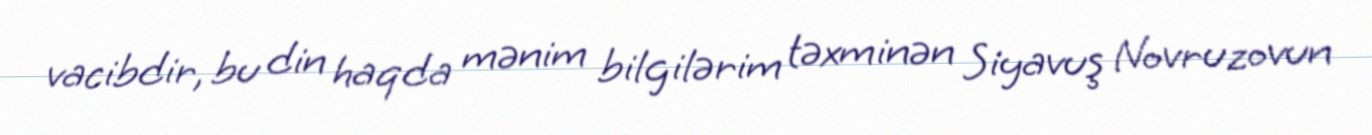
vacibdir, bu din haqda mənim bilgilərim təxminən Siyavuş Novruzovun